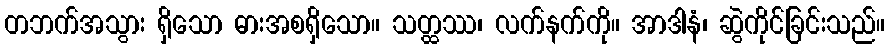
တဘက်အသွား ရှိသော ဓားအစရှိသော။ သတ္ထဿ၊ လက်နက်ကို။ အာဒါနံ၊ ဆွဲကိုင်ခြင်းသည်။